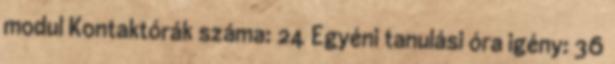
modul Kontaktórák száma: 24 Egyéni tanulási óra igény: 36